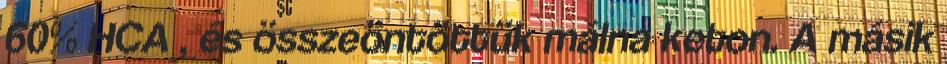
60% HCA , és összeöntöttük málna keton. A másik